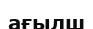
ағылш